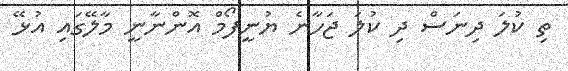
ތި ކުލަ ދިނަސް ދި ކުލަ ޖަހާނެ ޔުނީފޯމް އޮންނާނީ މާލޭގައި އުޅޭ